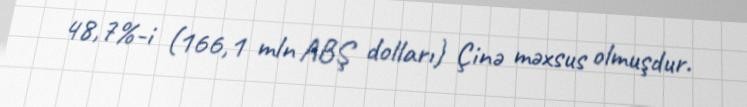
48,7%-i (166,1 mln ABŞ dolları) Çinə məxsus olmuşdur.